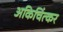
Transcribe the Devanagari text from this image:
अकिचिंत्कर